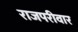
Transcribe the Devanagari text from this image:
राजपरीवार